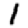
Digit: 1